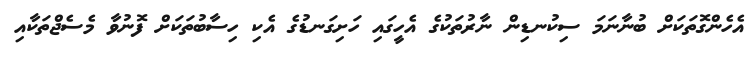
އެހެންގޮތަކަށް ބުނާނަމަ ސިކުނޑިން ނާރުތަކުގެ އެހީގައި ހަށިގަނޑުގެ އެކި ހިސާބުތަކަށް ފޮނުވާ މެސެޖްތަކާއި